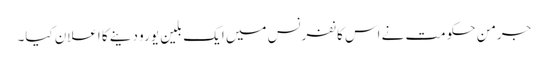
جرمن حکومت نے اس کانفرنس میں ایک بلین یورو دینے کا اعلان کیا۔